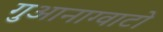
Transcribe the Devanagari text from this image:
गुआनाग्वाटो